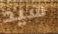
سيد